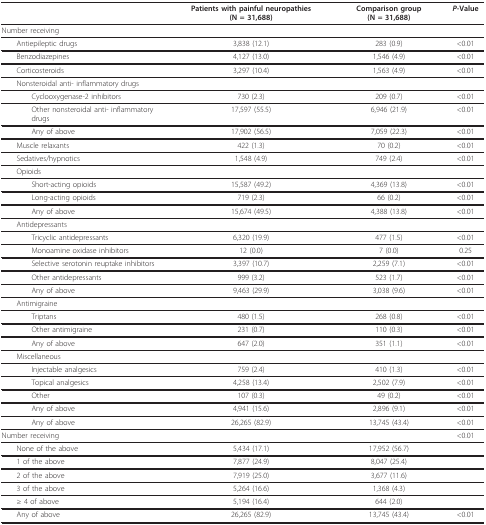
<table><thead><tr><td></td><td><b>Patients with painful neuropathies (N = 31,688)</b></td><td><b>Comparison group (N = 31,688)</b></td><td><b><i>P</i>-Value</b></td></tr></thead><tbody><tr><td>Number receiving</td><td></td><td></td><td></td></tr><tr><td> Antiepileptic drugs</td><td>3,838 (12.1)</td><td>283 (0.9)</td><td>&lt;0.01</td></tr><tr><td> Benzodiazepines</td><td>4,127 (13.0)</td><td>1,546 (4.9)</td><td>&lt;0.01</td></tr><tr><td> Corticosteroids</td><td>3,297 (10.4)</td><td>1,563 (4.9)</td><td>&lt;0.01</td></tr><tr><td> Nonsteroidal anti- inflammatory drugs</td><td></td><td></td><td></td></tr><tr><td>Cyclooxygenase-2 inhibitors</td><td>730 (2.3)</td><td>209 (0.7)</td><td>&lt;0.01</td></tr><tr><td>Other nonsteroidal anti- inflammatory drugs</td><td>17,597 (55.5)</td><td>6,946 (21.9)</td><td>&lt;0.01</td></tr><tr><td>Any of above</td><td>17,902 (56.5)</td><td>7,059 (22.3)</td><td>&lt;0.01</td></tr><tr><td> Muscle relaxants</td><td>422 (1.3)</td><td>70 (0.2)</td><td>&lt;0.01</td></tr><tr><td> Sedatives/hypnotics</td><td>1,548 (4.9)</td><td>749 (2.4)</td><td>&lt;0.01</td></tr><tr><td> Opioids</td><td></td><td></td><td></td></tr><tr><td>Short-acting opioids</td><td>15,587 (49.2)</td><td>4,369 (13.8)</td><td>&lt;0.01</td></tr><tr><td>Long-acting opioids</td><td>719 (2.3)</td><td>66 (0.2)</td><td>&lt;0.01</td></tr><tr><td>Any of above</td><td>15,674 (49.5)</td><td>4,388 (13.8)</td><td>&lt;0.01</td></tr><tr><td> Antidepressants</td><td></td><td></td><td></td></tr><tr><td>Tricyclic antidepressants</td><td>6,320 (19.9)</td><td>477 (1.5)</td><td>&lt;0.01</td></tr><tr><td>Monoamine oxidase inhibitors</td><td>12 (0.0)</td><td>7 (0.0)</td><td>0.25</td></tr><tr><td>Selective serotonin reuptake inhibitors</td><td>3,397 (10.7)</td><td>2,259 (7.1)</td><td>&lt;0.01</td></tr><tr><td>Other antidepressants</td><td>999 (3.2)</td><td>523 (1.7)</td><td>&lt;0.01</td></tr><tr><td>Any of above</td><td>9,463 (29.9)</td><td>3,038 (9.6)</td><td>&lt;0.01</td></tr><tr><td> Antimigraine</td><td></td><td></td><td></td></tr><tr><td>Triptans</td><td>480 (1.5)</td><td>268 (0.8)</td><td>&lt;0.01</td></tr><tr><td>Other antimigraine</td><td>231 (0.7)</td><td>110 (0.3)</td><td>&lt;0.01</td></tr><tr><td>Any of above</td><td>647 (2.0)</td><td>351 (1.1)</td><td>&lt;0.01</td></tr><tr><td> Miscellaneous</td><td></td><td></td><td></td></tr><tr><td>Injectable analgesics</td><td>759 (2.4)</td><td>410 (1.3)</td><td>&lt;0.01</td></tr><tr><td>Topical analgesics</td><td>4,258 (13.4)</td><td>2,502 (7.9)</td><td>&lt;0.01</td></tr><tr><td>Other</td><td>107 (0.3)</td><td>49 (0.2)</td><td>&lt;0.01</td></tr><tr><td>Any of above</td><td>4,941 (15.6)</td><td>2,896 (9.1)</td><td>&lt;0.01</td></tr><tr><td>Any of above</td><td>26,265 (82.9)</td><td>13,745 (43.4)</td><td>&lt;0.01</td></tr><tr><td>Number receiving</td><td></td><td></td><td>&lt;0.01</td></tr><tr><td> None of the above</td><td>5,434 (17.1)</td><td>17,952 (56.7)</td><td></td></tr><tr><td> 1 of the above</td><td>7,877 (24.9)</td><td>8,047 (25.4)</td><td></td></tr><tr><td> 2 of the above</td><td>7,919 (25.0)</td><td>3,677 (11.6)</td><td></td></tr><tr><td> 3 of the above</td><td>5,264 (16.6)</td><td>1,368 (4.3)</td><td></td></tr><tr><td> ≥ 4 of above</td><td>5,194 (16.4)</td><td>644 (2.0)</td><td></td></tr><tr><td> Any of above</td><td>26,265 (82.9)</td><td>13,745 (43.4)</td><td>&lt;0.01</td></tr></tbody></table>